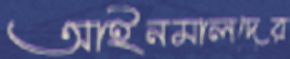
আইনমালদের